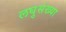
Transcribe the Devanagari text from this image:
लघुसंख्या